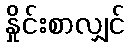
နှိုင်းစာလျှင်